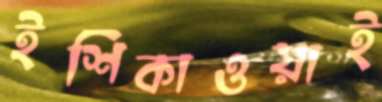
ইশিকাওয়াই